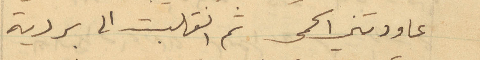
عاودتني الحمى ثم انقلبت الى بردية